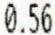
0.56